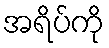
အရိပ်ကို